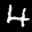
Label: 4